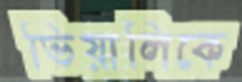
ভিয়ালিকে